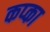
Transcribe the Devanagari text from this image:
कप्का